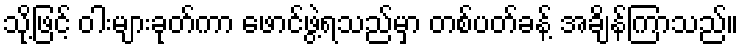
သို့ဖြင့် ဝါးများခုတ်ကာ ဖောင်ဖွဲ့ရသည်မှာ တစ်ပတ်ခန့် အချိန်ကြာသည်။